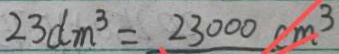
2 3 d m ^ { 3 } = 2 3 0 0 0 c m ^ { 3 }